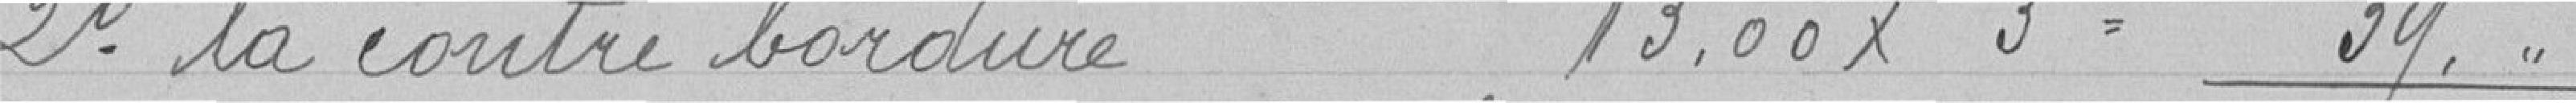
2° la contre bordure   13.00 x3 = 39.00